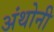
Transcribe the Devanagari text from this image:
अंथोनी